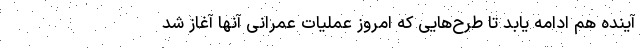
آینده هم ادامه یابد تا طرح‌هایی که امروز عملیات عمرانی آنها آغاز شد